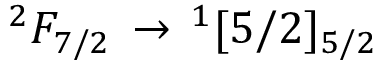
^ { 2 } F _ { 7 / 2 } \, \rightarrow \, ^ { 1 } [ 5 / 2 ] _ { 5 / 2 }